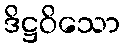
ဒိဋ္ဌဝိသော